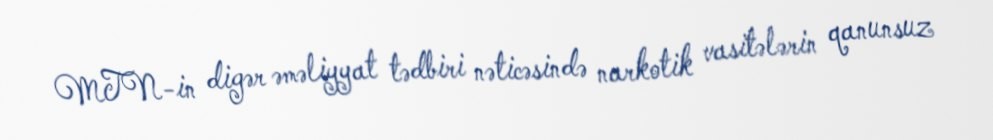
MTN-in digər əməliyyat tədbiri nəticəsində narkotik vasitələrin qanunsuz